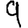
Digit: 9